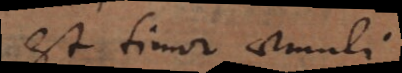
est timor aemuli